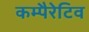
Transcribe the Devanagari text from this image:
कम्पैरेटिव